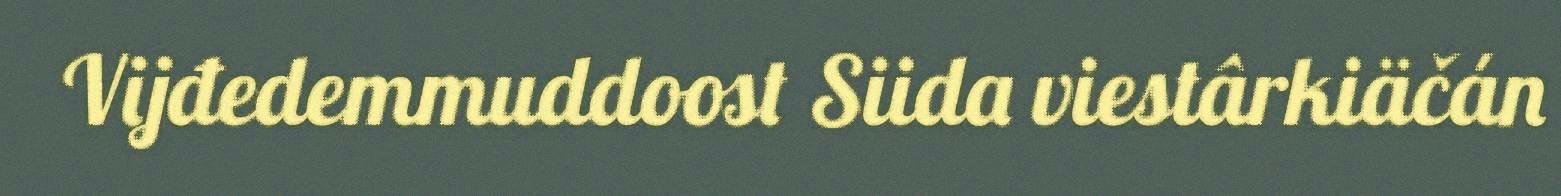
Vijđedemmuddoost Siida viestârkiäčán